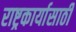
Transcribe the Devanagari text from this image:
राष्ट्रकार्यासाठी